Eesti_Rahvusfond, lk 50
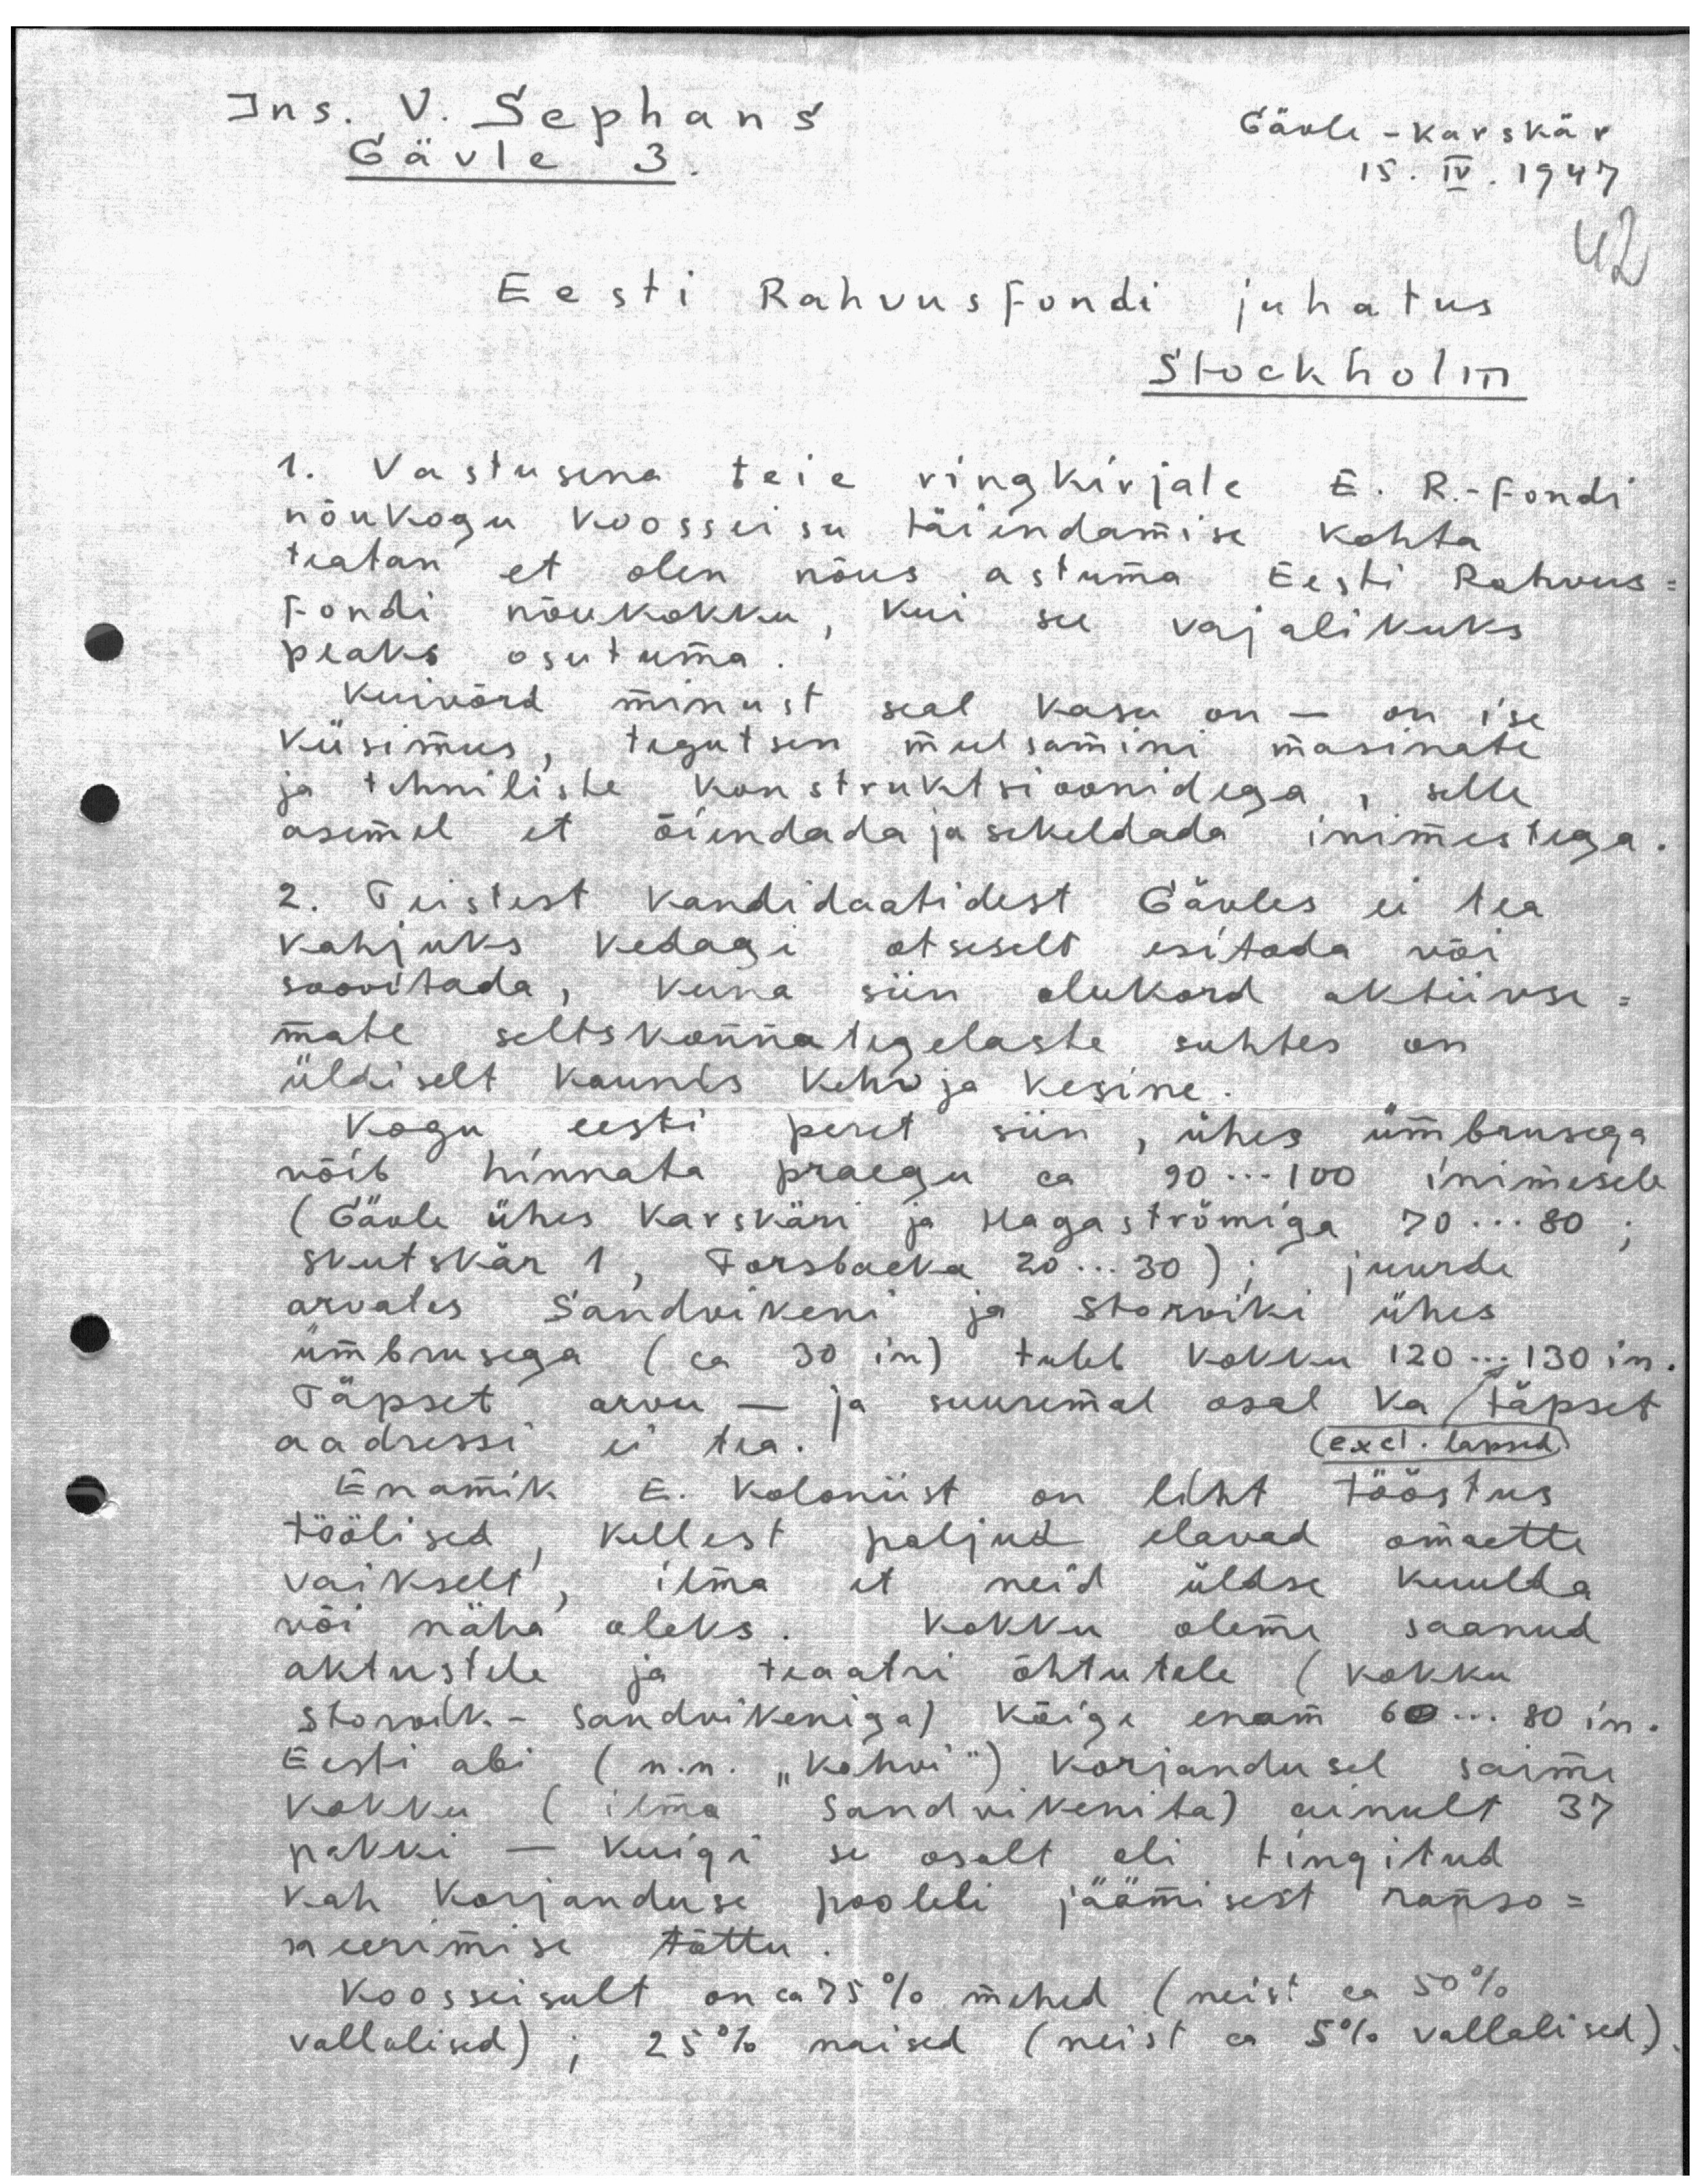
Ins. V. Sephans.
Gävle 3.
Gävle-Karskär
15. IV. 1947
42
Eesti Rahvusfondi juhatus
Stockholm
1. Vastusena teie ringkirjale E. R.-Fondi
nõukogu koosseisu täiendamise kohta
teatan et olen nõus astuma Eesti Rahvus-
Fondi nõukokku, kui see vajalikuks
peaks osutuma
Kuivõrd minust seal kasu on - on ise
küsimus, tegutsen meelsamini masinate
ja tehniliste konstruktsioonidega , selle
asemel et õiendada ja sekeldada inimestega
2. Teistest kandidaatidest Gävles ei tea
kahjuks kedagi otseselt esitada või
soovitada, kuna siin olukord aktiivse-
mate seltskonnategelaste suhtes on
üldiselt kaunis kehv ja kesine
Kogu eesti peret siin, ühes ümbrusega
võib hinnata praegu ca 90 ... 100 inimesele
(Gävle ühes Karskäri ja Hagaströmiga 70 ... 80 ;
Skutskär 1, Forsbacka 20 .... 30) ; juurde
arvates Sandvikeni ja Storviki ühes
ümbrusega ( ca 30 in) tuleb kokku 120 ... 130 in
Täpset arvu - ja suuremal osal ka täpset
aadressi ei tea.
excl. lapsed
Enamik E. Koloniist on liht tööstus
töölised, kellest paljud elavad omaette
vaikselt, ilma et neid üldse kuulda
või näha oleks. Kokku oleme saanud
aktustele ja teaatri õhtutele (kokku
Storvik.- Sandvikeniga) kõige enam 60 ... 80 in.
Eesti abi (n.n. "kohvi") korjandusel saime
kokku (ilma Sandvikenita) ainult 37
pakki - kuigi se osalt oli tingitud
kah korjanduse pooleli jäämisest ranso-
meerimise tõttu.
Koosseisult on ca 75 %  mehed (neist ca 50 %
vallalind) ; 25 % naised (neist ca 5 % vallalised)